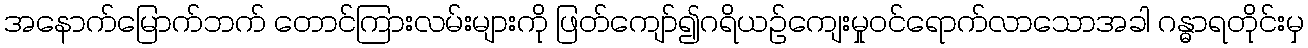
အနောက်မြောက်ဘက် တောင်ကြားလမ်းများကို ဖြတ်ကျော်၍ဂရိယဉ်ကျေးမှုဝင်ရောက်လာသောအခါ ဂန္ဓာရတိုင်းမှ